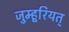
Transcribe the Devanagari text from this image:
जुम्हूरियत्